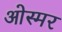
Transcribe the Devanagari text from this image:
ओस्मर